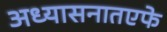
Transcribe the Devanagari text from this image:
अध्यासनातएफे